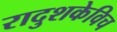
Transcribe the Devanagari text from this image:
रादुशकेविच